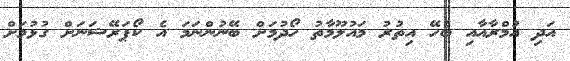
އަދި އުމްރާއާއި ބެހޭ އިތުރު މައުލޫމާތު ހޯދުމަށް ބޭނުންނަމަ އެ ކޯޕަރޭޝަނަށް ގުޅުމަށް